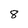
Character: 8